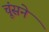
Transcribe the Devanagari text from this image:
चूंसने